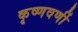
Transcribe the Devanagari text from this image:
कृष्णवर्णी